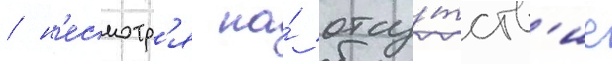
/ н'есмотр'я на́ отсу́тств'ие